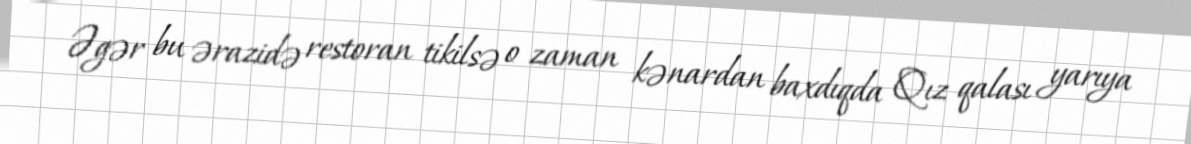
Əgər bu ərazidə restoran tikilsə o zaman kənardan baxdıqda Qız qalası yarıya